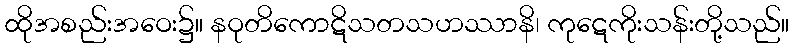
ထိုအစည်းအဝေး၌။ နဝုတိကောဋိသတသဟဿာနိ၊ ကုဋေကိုးသန်းတို့သည်။